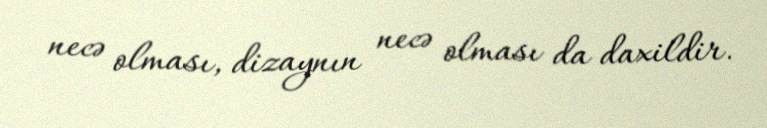
necə olması, dizaynın necə olması da daxildir.